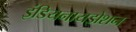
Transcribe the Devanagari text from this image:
इंडियनायझेशन